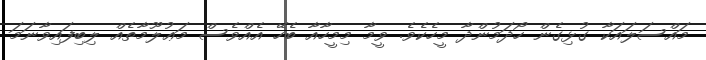
މައްސަލައަކާ ގުޅިގެން ހޯދަމުންދާ މީހެކެވެ. ވީމާ މިމީހާއާ ބެހޭ އެއްވެސް މަޢުލޫމާތެއް ލިބިފައިވާނަމަ